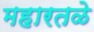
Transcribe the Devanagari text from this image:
महारतळे